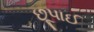
છૂપાઈ